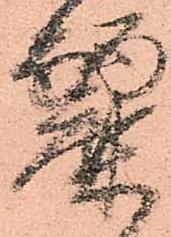
麗